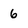
Character: 6